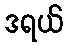
ဒရယ်